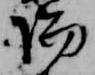
陽